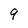
Character: 9